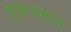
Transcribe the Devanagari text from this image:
एस्टरमान